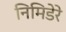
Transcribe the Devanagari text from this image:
निमिडेरे